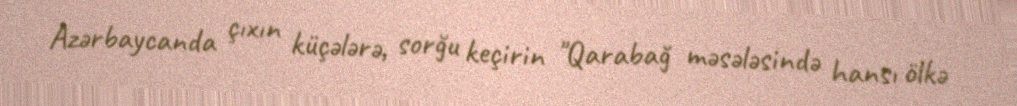
Azərbaycanda çıxın küçələrə, sorğu keçirin "Qarabağ məsələsində hansı ölkə